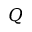
Q